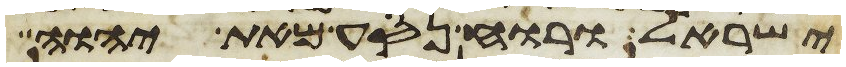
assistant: ישראל ורוח נסע מאת יהוה